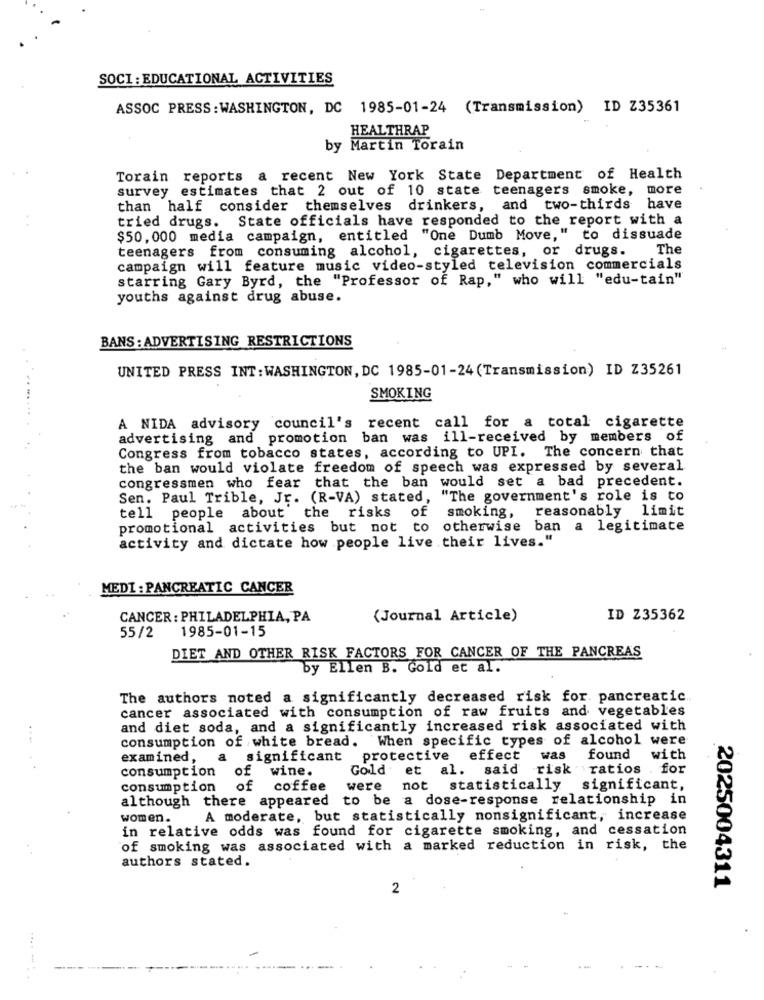
SOCI : EDUCATIONAL ACTIVITIES
ASSOC PRESS : WASHINGTON, DC 1985-01-24 (Transmission) ID Z35361
HEALTHRAP
by Martin Torain
Torain reports a recent New York State Department of Health
survey estimates that 2 out of 10 state teenagers smoke,
more
than half consider themselves drinkers, and two-thirds
have
tried drugs. State officials have responded to the report with a
$50, 000 media campaign, entitled "One Dumb Move," to dissuade
teenagers from consuming alcohol, cigarettes, or drugs.
The
campaign will feature music video-styled television commercials
starring Gary Byrd, the "Professor of Rap," who will "edu-tain"
youths against drug abuse.
BANS : ADVERTISING RESTRICTIONS
UNITED PRESS INT : WASHINGTON, DC 1985-01-24 (Transmission) ID Z35261
SMOKING
A NIDA advisory council's recent call for a total cigarette
advertising and promotion ban was ill-received by members of
Congress from tobacco states, according to UPI. The concern that
the ban would violate freedom of speech was expressed by several
congressmen who fear that the ban would set a bad precedent.
Sen. Paul Trible, Jr. (R-VA) stated, "The government's role is to
tell people about the risks of
smoking, reasonably limit
promotional activities but not to
otherwise ban a legitimate
activity and dictate how people live their lives."
MEDI : PANCREATIC CANCER
CANCER : PHILADELPHIA, PA
(Journal Article)
ID Z35362
1985-01-15
55/2
DIET AND OTHER RISK FACTORS FOR CANCER OF THE PANCREAS
by Ellen B. Gold et al.
The authors noted a significantly decreased risk for. pancreatic
cancer associated with consumption of raw fruits and vegetables
and diet soda, and a significantly increased risk associated with
....
consumption of white bread. When specific types of alcohol were
examined
a significant
protective effect
was
found with
consumption
of wine.
Gold et al. said
d risk ratios .for
consumption
of coffee
were not statistically
significant,
although there appeared to be a dose-response relationship in
women.
A moderate, but statistically nonsignificant, increase
in relative odds was found for cigarette smoking, and cessation
of smoking was associated with a marked reduction in risk, the
authors stated.
2025004311
2
--
....-..